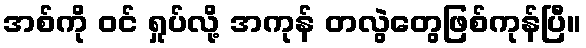
အစ်ကို ဝင် ရှုပ်လို့ အကုန် တလွဲတွေဖြစ်ကုန်ပြီ။